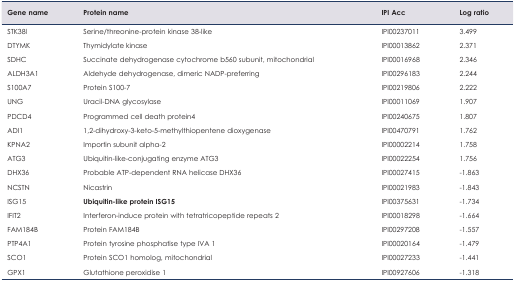
<table><thead><tr><td><b>Gene name</b></td><td><b>Protein name</b></td><td><b>IPI Acc</b></td><td><b>Log ratio</b></td></tr></thead><tbody><tr><td>STK38l</td><td>Serine/threonine-protein kinase 38-like</td><td>IPI00237011</td><td>3.499</td></tr><tr><td>DTYMK</td><td>Thymidylate kinase</td><td>IPI00013862</td><td>2.371</td></tr><tr><td>SDHC</td><td>Succinate dehydrogenase cytochrome b560 subunit, mitochondrial</td><td>IPI00016968</td><td>2.346</td></tr><tr><td>ALDH3A1</td><td>Aldehyde dehydrogenase, dimeric NADP-preferring</td><td>IPI00296183</td><td>2.244</td></tr><tr><td>S100A7</td><td>Protein S100-7</td><td>IPI00219806</td><td>2.222</td></tr><tr><td>UNG</td><td>Uracil-DNA glycosylase</td><td>IPI00011069</td><td>1.907</td></tr><tr><td>PDCD4</td><td>Programmed cell death protein4</td><td>IPI00240675</td><td>1.807</td></tr><tr><td>ADI1</td><td>1,2-dihydroxy-3-keto-5-methylthiopentene dioxygenase</td><td>IPI00470791</td><td>1.762</td></tr><tr><td>KPNA2</td><td>Importin subunit alpha-2</td><td>IPI00002214</td><td>1.758</td></tr><tr><td>ATG3</td><td>Ubiquitin-like-conjugating enzyme ATG3</td><td>IPI00022254</td><td>1.756</td></tr><tr><td>DHX36</td><td>Probable ATP-dependent RNA helicase DHX36</td><td>IPI00027415</td><td>−1.863</td></tr><tr><td>NCSTN</td><td>Nicastrin</td><td>IPI00021983</td><td>−1.843</td></tr><tr><td>ISG15</td><td><b>Ubiquitin-like protein ISG15</b></td><td>IPI00375631</td><td>−1.734</td></tr><tr><td>IFIT2</td><td>Interferon-induce protein with tetratricopeptide repeats 2</td><td>IPI00018298</td><td>−1.664</td></tr><tr><td>FAM184B</td><td>Protein FAM184B</td><td>IPI00297208</td><td>−1.557</td></tr><tr><td>PTP4A1</td><td>Protein tyrosine phosphatise type IVA 1</td><td>IPI00020164</td><td>−1.479</td></tr><tr><td>SCO1</td><td>Protein SCO1 homolog, mitochondrial</td><td>IPI00027233</td><td>−1.441</td></tr><tr><td>GPX1</td><td>Glutathione peroxidise 1</td><td>IPI00927606</td><td>−1.318</td></tr></tbody></table>